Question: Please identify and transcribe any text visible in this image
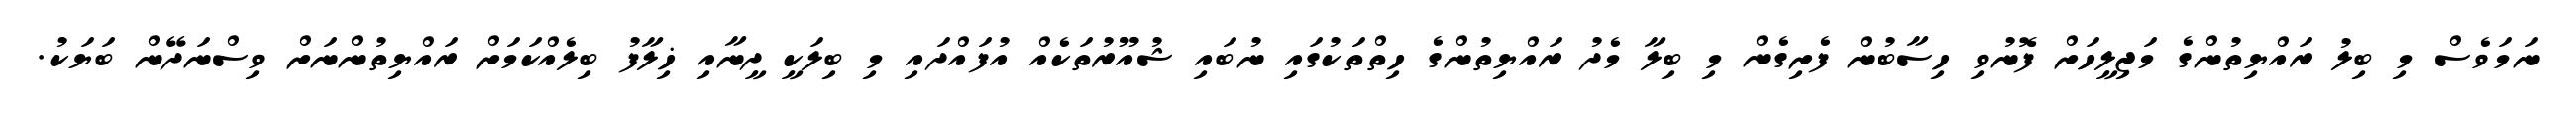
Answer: ނަމަވެސް މި ބިލު ރައްޔިތުންގެ މަޖިލީހަށް ފޮނުވި ހިސާބުން ފެށިގެން މި ބިލާ މެދު ރައްޔިތުންގެ ހިތްތަކުގައި ނުބައި ޝުއޫރުތަކެއް އުފައްދައި މި ބިލަކީ ދީނާއި ޚިލާފު ބިލެއްކަމަށް ރައްޔިތުންނަށް ވިސްނަދޭން ބަޔަކު.